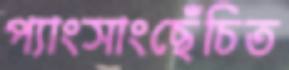
প্যাংসাংছেঁচিত